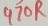
Text: 470R